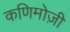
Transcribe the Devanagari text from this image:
कणिमोज़ी